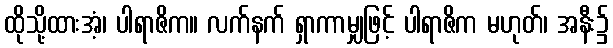
ထိုသို့ထားအံ့၊ ပါရာဇိက။ လက်နက် ရှာကာမျှဖြင့် ပါရာဇိက မဟုတ်၊ အနီး၌